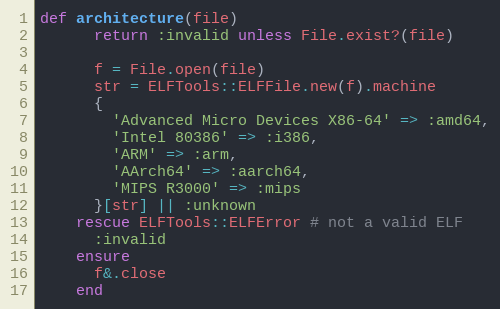
Language: Ruby
def architecture(file)
      return :invalid unless File.exist?(file)

      f = File.open(file)
      str = ELFTools::ELFFile.new(f).machine
      {
        'Advanced Micro Devices X86-64' => :amd64,
        'Intel 80386' => :i386,
        'ARM' => :arm,
        'AArch64' => :aarch64,
        'MIPS R3000' => :mips
      }[str] || :unknown
    rescue ELFTools::ELFError # not a valid ELF
      :invalid
    ensure
      f&.close
    end